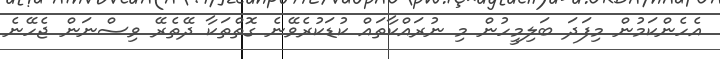
އެހެންކަމުން މިފަދަ ބަލިމީހުން މި ނުރައްކާތައް ކުޑަކުރެވޭނެ ގޮތްތަކާ ދޭތެރޭ ވިސްނަން ޖެހޭނެ